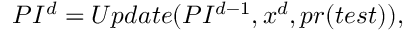
P I _ { } ^ { d } = U p d a t e ( P I _ { } ^ { d - 1 } , x _ { } ^ { d } , p r ( t e s t ) ) ,